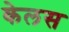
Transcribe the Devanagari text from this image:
केलस